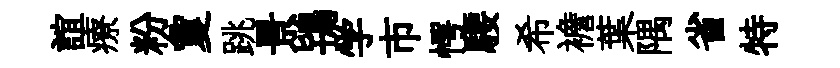
誼療粉夐跳景鴇学市愕騕希襜葉隅省特